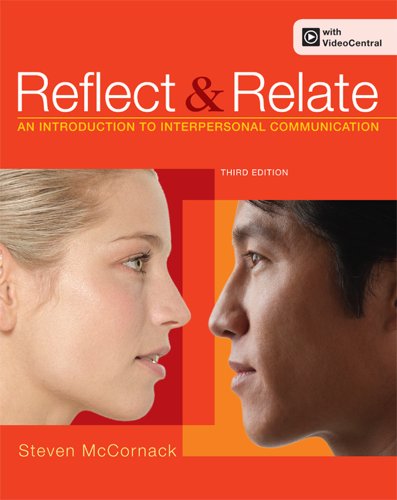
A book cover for Reflect and Relate: An Introduction to Interpersonal Communication; Steven McCornack; Politics & Social Sciences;